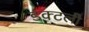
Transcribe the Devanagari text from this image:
डक्टली